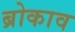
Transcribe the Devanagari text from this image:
ब्रोकाव